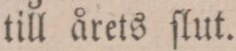
till årets ſlut.